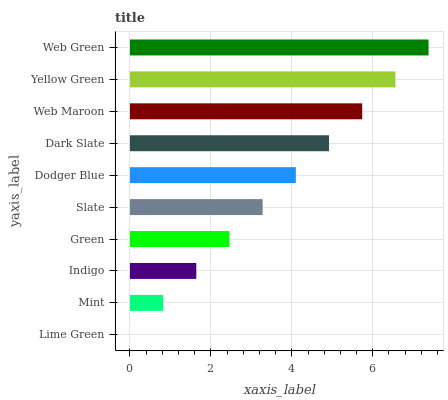
| yaxis_label | bars |
 | --- | --- |
 | Lime Green | 0 |
 | Mint | 0.82 |
 | Indigo | 1.64 |
 | Green | 2.46 |
 | Slate | 3.28 |
 | Dodger Blue | 4.1 |
 | Dark Slate | 4.92 |
 | Web Maroon | 5.74 |
 | Yellow Green | 6.56 |
 | Web Green | 7.38 |